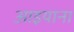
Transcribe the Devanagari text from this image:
आइयाना